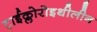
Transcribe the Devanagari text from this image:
ट्राईक्लोरोइथीलीन